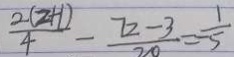
\frac { 2 ( 2 + 1 ) } { 4 } - \frac { 7 2 - 3 } { 2 0 } = - \frac { 1 } { 5 }